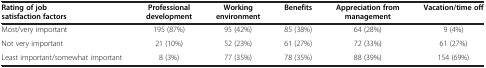
| Rating of job satisfaction factors | Professional development | Working environment | Benefits | Appreciation from management | Vacation/time off |
 | --- | --- | --- | --- | --- | --- |
 | Most/very important | 195 (87%) | 95 (42%) | 85 (38%) | 64 (28%) | 9 (4%) |
 | Not very important | 21 (10%) | 52 (23%) | 61 (27%) | 72 (33%) | 61 (27%) |
 | Least important/somewhat important | 8 (3%) | 77 (35%) | 78 (35%) | 88 (39%) | 154 (69%) |